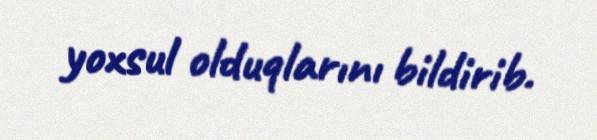
yoxsul olduqlarını bildirib.